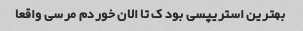
بهترین استریپسی بود ک تا الان خوردم مرسی واقعا